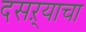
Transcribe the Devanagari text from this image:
दसऱ्याचा